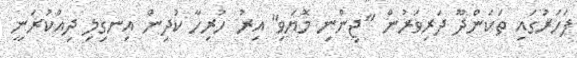
ފަހަރުގައި ތަކަންދޫ ދަރިވަރުން "ޖިންނި މޮޔަވި" އިރު ހުރިހާ ކުދިން އިނގިލި ދިއްކުރަނީ